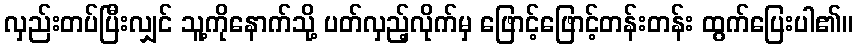
လှည်းတပ်ပြီးလျှင် သူ့ကိုနောက်သို့ ပတ်လှည့်လိုက်မှ ဖြောင့်ဖြောင့်တန်းတန်း ထွက်ပြေးပါ၏။